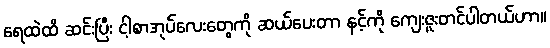
ရေထဲထိ ဆင်းပြီး ငါ့စာအုပ်လေးတွေကို ဆယ်ပေးတာ နင့်ကို ကျေးဇူးတင်ပါတယ်ဟာ။